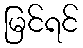
မြင်ရင်